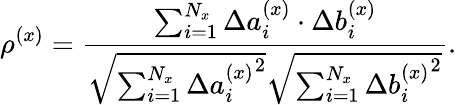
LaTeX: \rho^{(x)}=\frac{\sum_{i=1}^{N_{x}}\Delta a_{i}^{(x)}\cdot\Delta b_{i}^{(x)}}{\sqrt{\sum_{i=1}^{N_{x}}\Delta{a_{i}^{(x)}}^{2}}\sqrt{\sum_{i=1}^{N_{x}}\Delta{b_{i}^{(x)}}^{2}}}.